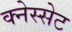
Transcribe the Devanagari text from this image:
क्नेस्सेट